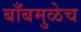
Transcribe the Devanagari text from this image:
बाँबमुळेच